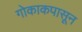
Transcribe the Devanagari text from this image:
गोकाकपासून